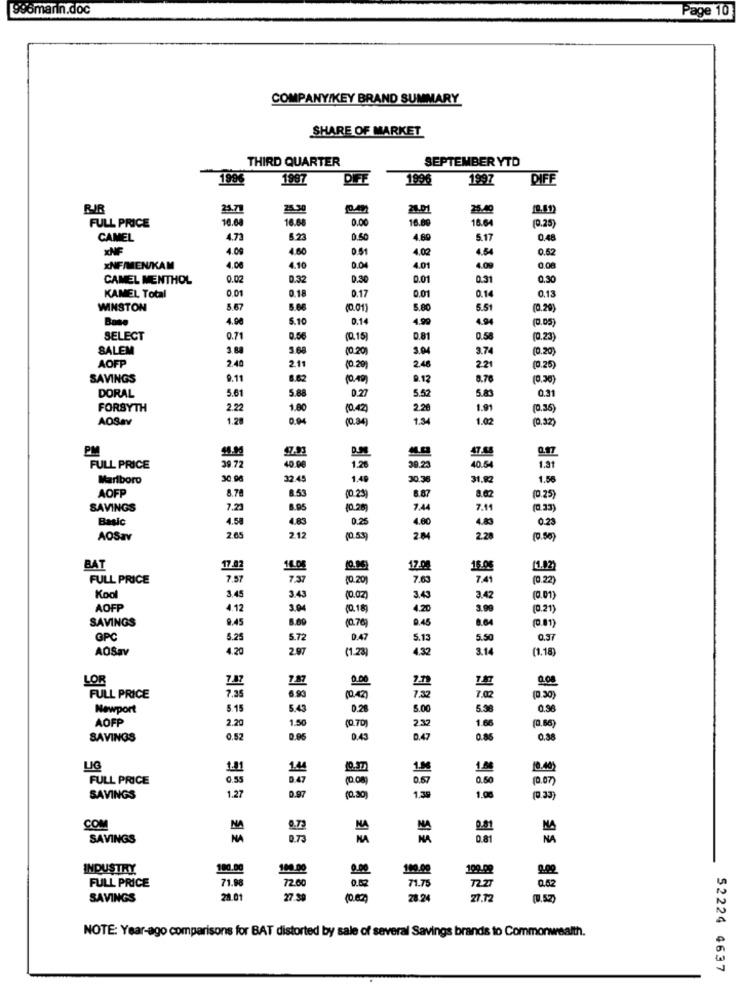
996marin.doc
Page 10
COMPANY/KEY BRAND SUMMARY
SHARE OF MARKET
THIRD QUARTER
SEPTEMBER YTD
1996
1997
DIFF
1996
1997
DIFF
25.71
25.30
21.01
16.68
16.68
0.00
16.80
18.6
FULL PRICE
(0.25
CAMEL
4.73
5.23
0.50
4.89
5.17
0.48
4.09
4.60
0.51
4.02
4.54
0.52
XNF/MEN/KAM
4.00
4.10
0.04
4.01
4.00
0.08
CAMEL MENTHOL
0.02
0.32
0.30
0.01
0.31
0.30
0.01
0.18
0.17
0.01
0.14
0.13
KAMEL Total
WINSTON
5.67
5.06
(0.01)
5.80
5.51
(0.29
Base
4.00
5.10
0.14
4.99
4.94
(0.05
SELECT
0.71
0.56
(0.15]
0.81
0.58
(0.23)
SALEM
3 B
3.68
(0.20)
3.04
3.74
(0.20
AOFP
2.40
2.11
2.48
(0.25)
(0.20)
221
SAVINGS
9.11
8.82
D.12
8.76
0.30)
DORAL
5.61
5.88
0.27
5.52
5.83
0.31
FORSYTH
2.22
1.80
(0.42)
2.20
1.91
(0.35
AOSav
1.20
0.94
(0.34)
1.34
1.02
(0.32
PM
0.17
1.28
FULL PRICE
39.72
40.00
30.23
40.5
1.31
Marlboro
30.0
32.45
1.49
30.36
31.92
1.56
AOFP
8.78
8.53
(0.25)
(0 .25)
8.87
8.02
SAVINGS
7.21
8.95
10.28
7.44
7.11
Basic
4.50
4.83
0.25
4.00
4.83
0.23
AOSav
2.65
2.12
(0.53)
2.04
2.28
(0.50)
BAT
17.42
1.0g
17.00
16.0
11.02)
FULL PRICE
7,57
7.37
10.20
7.63
7.41
(0.22
Kool
3.45
3.43
(0.02)
3.43
3.42
(0.01
AOFP
4.12
3.04
(0.18)
4.20
3.99
(0.21)
SAVINGS
9.45
8.69
(0.76)
0.45
8.64
(0.81)
GPC
5.25
5.72
0.47
5.13
5.5
0,37
AOSav
4.20
2.97
(1.23)
4.32
3.14
(1.18
LOR
7.87
000
0.00
FULL PRICE
7.35
6.93
7.32
7.02
(0.30
Newport
5.15
5.43
0.28
5.00
5.38
0.96
AOFP
2.20
1.50
(0.7D)
2.30
1.66
(0.66
SAVINGS
0.52
0.05
0.43
0.47
0.85
0,38
LIG
FULL PRICE
0.55
0.67
0.50
(0.07)
1.27
0.97
SAVINGS
(0.30)
1.59
1.00
(0.33)
COM
NA
9.81
NA
SAVINGS
NA
NA
INDUSTRY
100.00
100.00
9.00
100.00
199.02
0.00
71.98
FULL PRICE
72.00
71.75
72.27
0.52
SAVINGS
28.01
27.39
10.00)
28.2
NOTE: Year-ago comparisons for BAT distorted by sale of several Savings brands to Commonwealth.
52224 4637